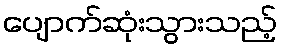
ပျောက်ဆုံးသွားသည့်